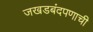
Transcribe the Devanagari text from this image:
जखडबंदपणाची